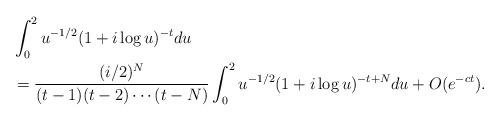
LaTeX: \begin{align*}&\int_0^2 u^{-1/2}(1+i\log u)^{-t} du \\&= \frac{(i/2)^N}{(t-1)(t-2)\cdots(t-N)} \int_0^2 u^{-1/2}(1+i\log u)^{-t+N}du + O(e^{-ct}).\end{align*}